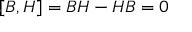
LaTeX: [ B , H ] = B H - H B = 0